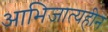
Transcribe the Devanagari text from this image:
आभिजात्यहीन